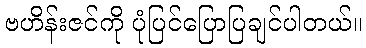
ဗဟိန်းဇင်ကို ပုံပြင်ပြောပြချင်ပါတယ်။